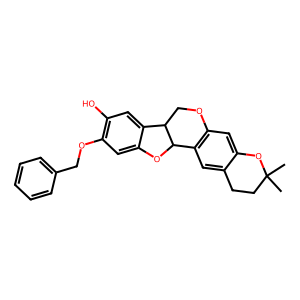
SMILES: CC1(C)CCc2cc3c(cc2O1)OCC1c2cc(O)c(OCc4ccccc4)cc2OC31
Inhibits HIV replication: No